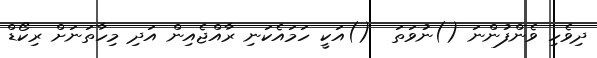
ދިވެހި ވެންފުންނަ ()ނުވަތަ  ()އަކީ ހަމައެކަނި ރާއްޖެއިން އަދި މިހާތަނަށް ރިކޯޑް